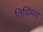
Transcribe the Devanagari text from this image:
विधिमय